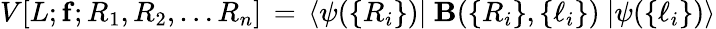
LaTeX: V[L;{\mathbf f};R_{1},R_{2},\ldots R_{n}]\, =\, \langle\psi(\{ R_{i}\} )\vert~{\mathbf{B}}(\{ R_{i}\} ,\{ \ell_{i}\} )~\vert\psi(\{ \ell_{i}\} )\rangle